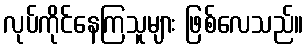
လုပ်ကိုင်နေကြသူများ ဖြစ်လေသည်။